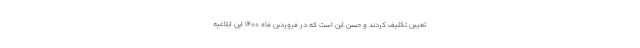
تعیین تکلیف کردند و حسن این است که در فروردین ماه ۱۴۰۰ این ابلاغیه